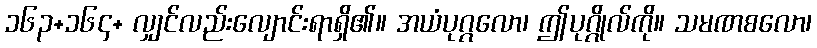
၁၆၃+၁၆၄+ လျှင်လည်းလျောင်းရာရှိ၏။ အယံပုဂ္ဂလော၊ ဤပုဂ္ဂိုလ်ကို။ သမဏစလော၊